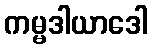
ကမ္မဒါယာဒေါ